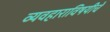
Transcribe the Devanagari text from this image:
व्यवहाराविषयीचे